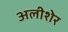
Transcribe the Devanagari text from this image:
अलीशेर